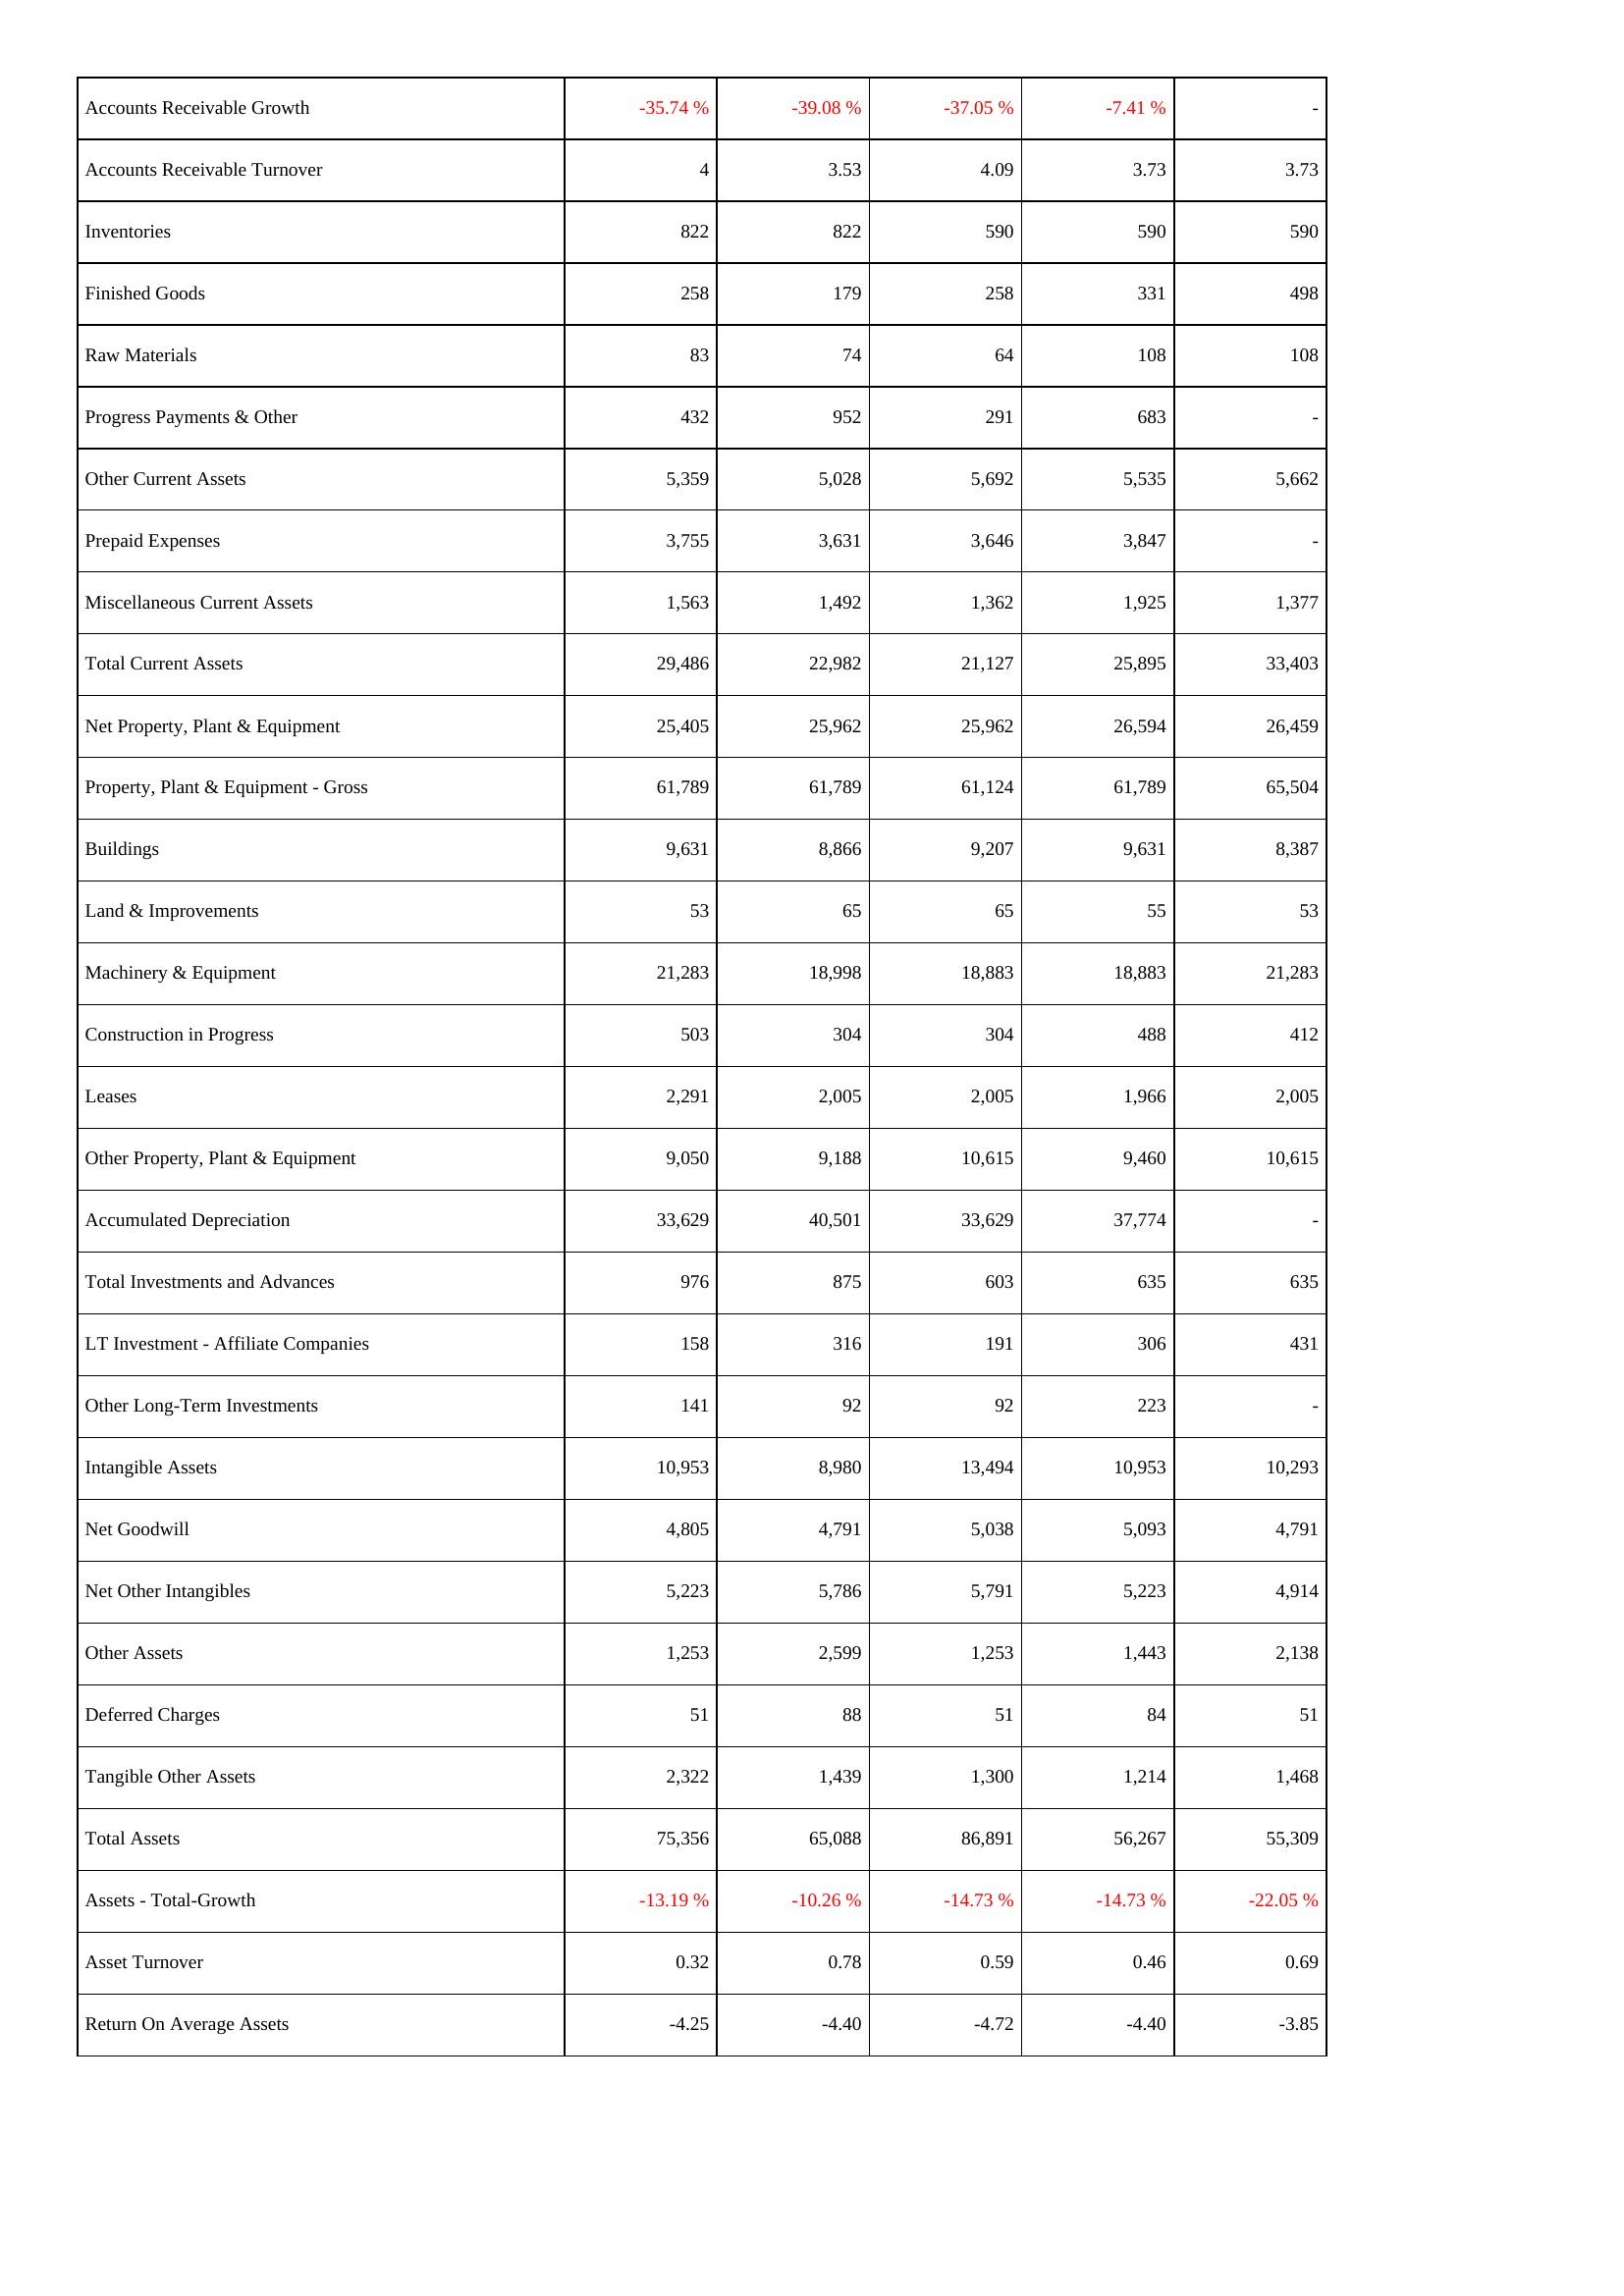
2012: Assets: Accounts Receivable Growth: -35.74 %
Accounts Receivable Turnover: 4
Inventories: 822
Finished Goods: 258
Raw Materials: 83
Progress Payments & Other: 432
Other Current Assets: 5,359
Prepaid Expenses: 3,755
Miscellaneous Current Assets: 1,563
Total Current Assets: 29,486
Net Property, Plant & Equipment: 25,405
Property, Plant & Equipment - Gross: 61,789
Buildings: 9,631
Land & Improvements: 53
Machinery & Equipment: 21,283
Construction in Progress: 503
Leases: 2,291
Other Property, Plant & Equipment: 9,050
Accumulated Depreciation: 33,629
Total Investments and Advances: 976
LT Investment - Affiliate Companies: 158
Other Long-Term Investments: 141
Intangible Assets: 10,953
Net Goodwill: 4,805
Net Other Intangibles: 5,223
Other Assets: 1,253
Deferred Charges: 51
Tangible Other Assets: 2,322
Total Assets: 75,356
Assets - Total-Growth: -13.19 %
Asset Turnover: 0.32
Return On Average Assets: -4.25
2013: Assets: Accounts Receivable Growth: -39.08 %
Accounts Receivable Turnover: 3.53
Inventories: 822
Finished Goods: 179
Raw Materials: 74
Progress Payments & Other: 952
Other Current Assets: 5,028
Prepaid Expenses: 3,631
Miscellaneous Current Assets: 1,492
Total Current Assets: 22,982
Net Property, Plant & Equipment: 25,962
Property, Plant & Equipment - Gross: 61,789
Buildings: 8,866
Land & Improvements: 65
Machinery & Equipment: 18,998
Construction in Progress: 304
Leases: 2,005
Other Property, Plant & Equipment: 9,188
Accumulated Depreciation: 40,501
Total Investments and Advances: 875
LT Investment - Affiliate Companies: 316
Other Long-Term Investments: 92
Intangible Assets: 8,980
Net Goodwill: 4,791
Net Other Intangibles: 5,786
Other Assets: 2,599
Deferred Charges: 88
Tangible Other Assets: 1,439
Total Assets: 65,088
Assets - Total-Growth: -10.26 %
Asset Turnover: 0.78
Return On Average Assets: -4.40
2014: Assets: Accounts Receivable Growth: -37.05 %
Accounts Receivable Turnover: 4.09
Inventories: 590
Finished Goods: 258
Raw Materials: 64
Progress Payments & Other: 291
Other Current Assets: 5,692
Prepaid Expenses: 3,646
Miscellaneous Current Assets: 1,362
Total Current Assets: 21,127
Net Property, Plant & Equipment: 25,962
Property, Plant & Equipment - Gross: 61,124
Buildings: 9,207
Land & Improvements: 65
Machinery & Equipment: 18,883
Construction in Progress: 304
Leases: 2,005
Other Property, Plant & Equipment: 10,615
Accumulated Depreciation: 33,629
Total Investments and Advances: 603
LT Investment - Affiliate Companies: 191
Other Long-Term Investments: 92
Intangible Assets: 13,494
Net Goodwill: 5,038
Net Other Intangibles: 5,791
Other Assets: 1,253
Deferred Charges: 51
Tangible Other Assets: 1,300
Total Assets: 86,891
Assets - Total-Growth: -14.73 %
Asset Turnover: 0.59
Return On Average Assets: -4.72
2015: Assets: Accounts Receivable Growth: -7.41 %
Accounts Receivable Turnover: 3.73
Inventories: 590
Finished Goods: 331
Raw Materials: 108
Progress Payments & Other: 683
Other Current Assets: 5,535
Prepaid Expenses: 3,847
Miscellaneous Current Assets: 1,925
Total Current Assets: 25,895
Net Property, Plant & Equipment: 26,594
Property, Plant & Equipment - Gross: 61,789
Buildings: 9,631
Land & Improvements: 55
Machinery & Equipment: 18,883
Construction in Progress: 488
Leases: 1,966
Other Property, Plant & Equipment: 9,460
Accumulated Depreciation: 37,774
Total Investments and Advances: 635
LT Investment - Affiliate Companies: 306
Other Long-Term Investments: 223
Intangible Assets: 10,953
Net Goodwill: 5,093
Net Other Intangibles: 5,223
Other Assets: 1,443
Deferred Charges: 84
Tangible Other Assets: 1,214
Total Assets: 56,267
Assets - Total-Growth: -14.73 %
Asset Turnover: 0.46
Return On Average Assets: -4.40
2016: Assets: Accounts Receivable Growth: -
Accounts Receivable Turnover: 3.73
Inventories: 590
Finished Goods: 498
Raw Materials: 108
Progress Payments & Other: -
Other Current Assets: 5,662
Prepaid Expenses: -
Miscellaneous Current Assets: 1,377
Total Current Assets: 33,403
Net Property, Plant & Equipment: 26,459
Property, Plant & Equipment - Gross: 65,504
Buildings: 8,387
Land & Improvements: 53
Machinery & Equipment: 21,283
Construction in Progress: 412
Leases: 2,005
Other Property, Plant & Equipment: 10,615
Accumulated Depreciation: -
Total Investments and Advances: 635
LT Investment - Affiliate Companies: 431
Other Long-Term Investments: -
Intangible Assets: 10,293
Net Goodwill: 4,791
Net Other Intangibles: 4,914
Other Assets: 2,138
Deferred Charges: 51
Tangible Other Assets: 1,468
Total Assets: 55,309
Assets - Total-Growth: -22.05 %
Asset Turnover: 0.69
Return On Average Assets: -3.85